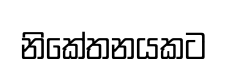
නිකේතනයකට